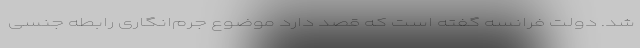
شد. دولت فرانسه گفته است که قصد دارد موضوع جرم‌انگاری رابطه جنسی